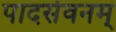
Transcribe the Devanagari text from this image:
पादसेवनम्